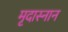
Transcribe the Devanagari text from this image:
मृदास्नान